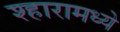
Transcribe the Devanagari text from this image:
श्हारामध्ये